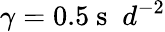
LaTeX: \gamma=0.5\mathrm{~s~}\; d^{-2}